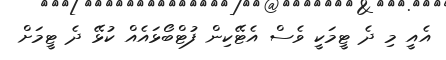
އެއީ މި ދެ ޓީމަކީ ވެސް އެޓޭކިން ފުޓްބޯޅައެއް ކުޅޭ ދެ ޓީމަށް